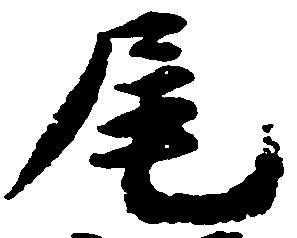
尾